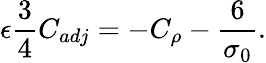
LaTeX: \epsilon\frac{3}{4}C_{adj}=-C_{\rho}-\frac{6}{\sigma_{0}}.